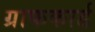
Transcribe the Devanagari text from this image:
ग्राफकार्ड